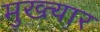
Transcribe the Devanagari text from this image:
मुख्त्यार